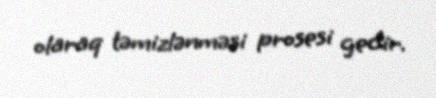
olaraq təmizlənməsi prosesi gedir.